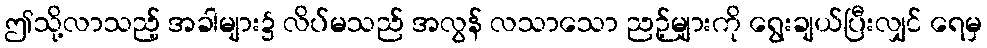
ဤသို့လာသည့် အခါများ၌ လိပ်မသည် အလွန် လသာသော ညဉ့်များကို ရွေးချယ်ပြီးလျှင် ရေမှ